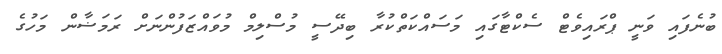
ބުނެފައި ވަނީ ޕްރައިވެޓް ސެކްޓާގައި މަސައްކަތްކުރާ ބިދޭސީ މުސްލިމް މުވައްޒަފުންނަށް ރަމަޟާން މަހުގެ